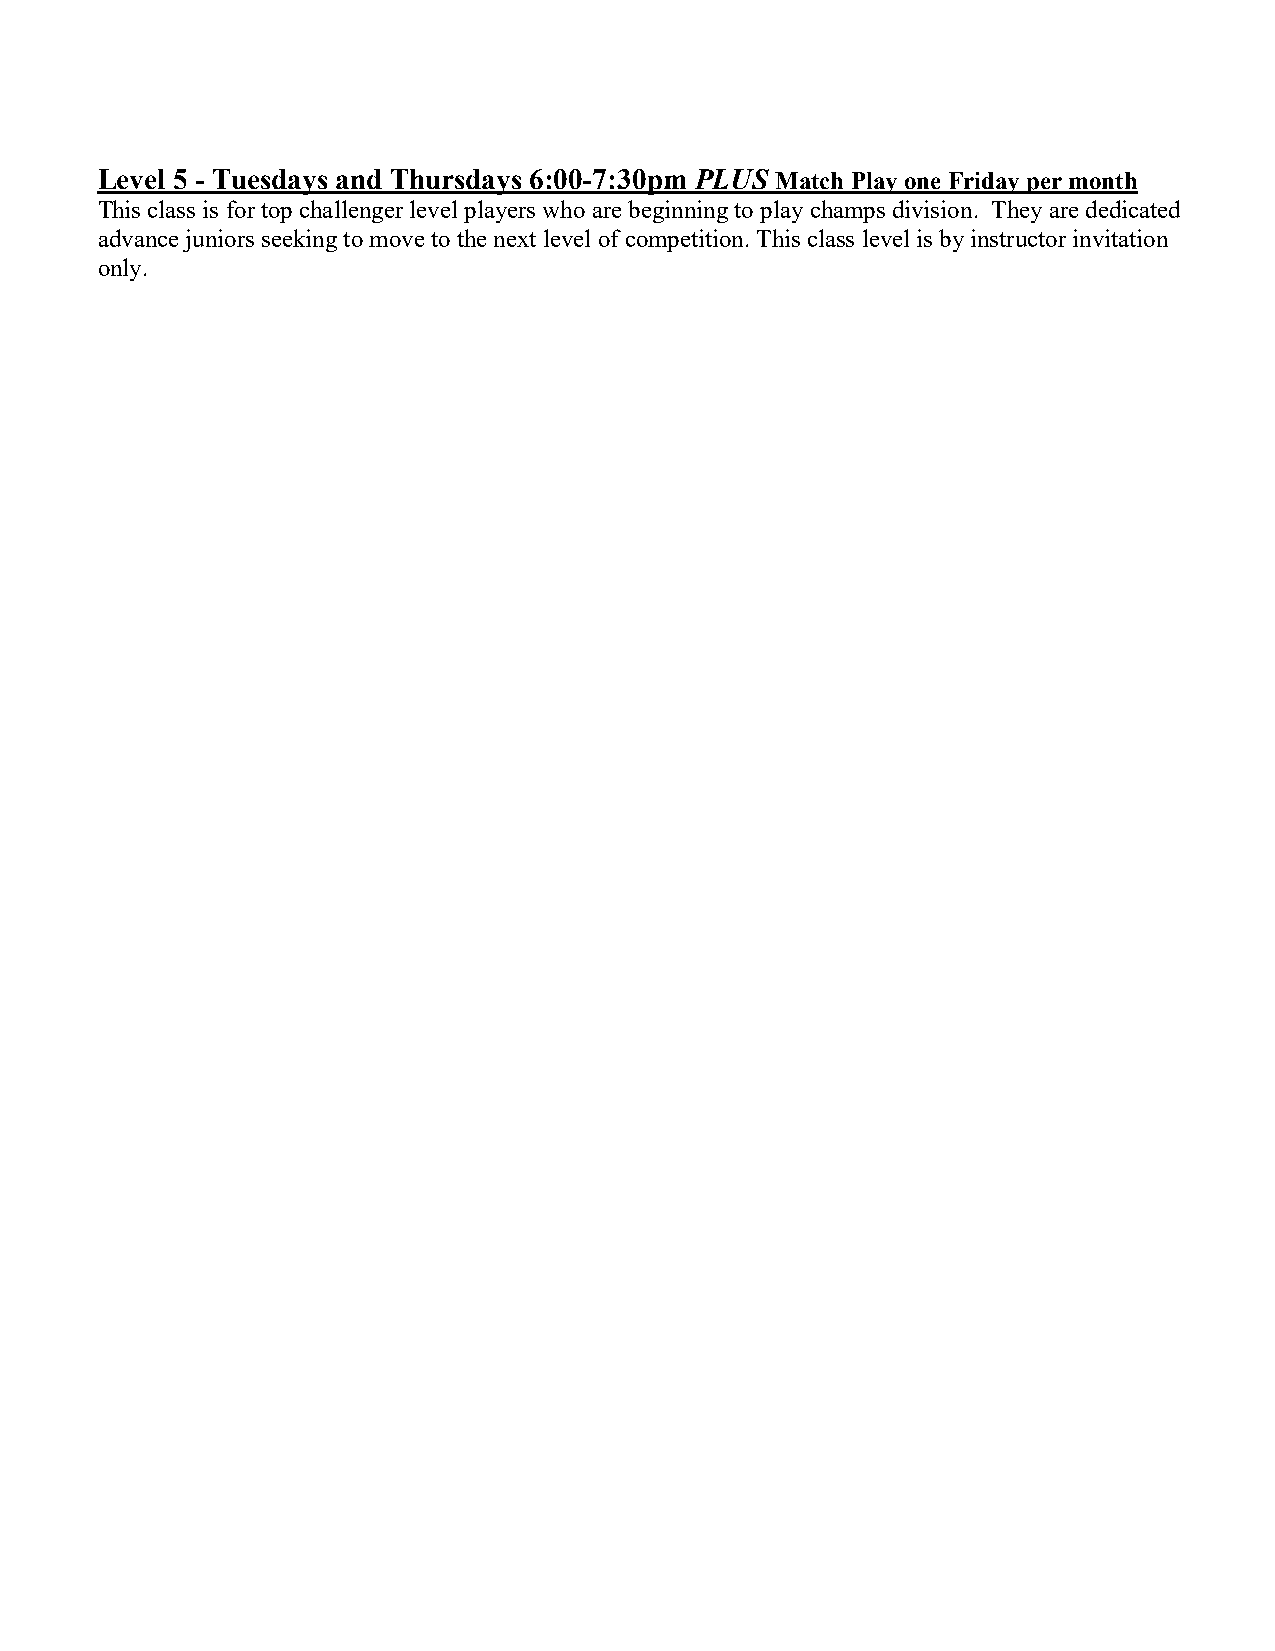
Level 5 - Tuesdays and Thursdays 6:00-7:30pm PLUS Match Play one Friday per month
 This class is for top challenger level players who are beginning to play champs division. They are dedicated
 advance juniors seeking to move to the next level of competition. This class level is by instructor invitation
 only.